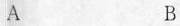
A B